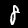
Label: 8